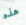
هذه